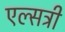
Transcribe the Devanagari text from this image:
एल्सट्री